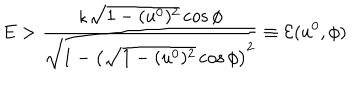
E > \frac { \kappa \sqrt { 1 - ( u ^ { 0 } ) ^ { 2 } } \cos \phi } { \sqrt { 1 - \left( \sqrt { 1 - ( u ^ { 0 } ) ^ { 2 } } \cos \phi \right) ^ { 2 } } } \equiv \mathcal { E } ( u ^ { 0 } , \phi )